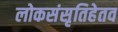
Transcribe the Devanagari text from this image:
लोकसंसृतिहेतव